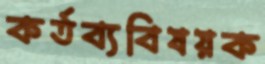
কর্তব্যবিষয়ক